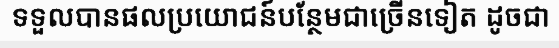
ទទួលបានផលប្រយោជន៍បន្ថែមជាច្រើនទៀត ដូចជា